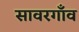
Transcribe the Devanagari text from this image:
सावरगाँव